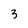
Character: 3